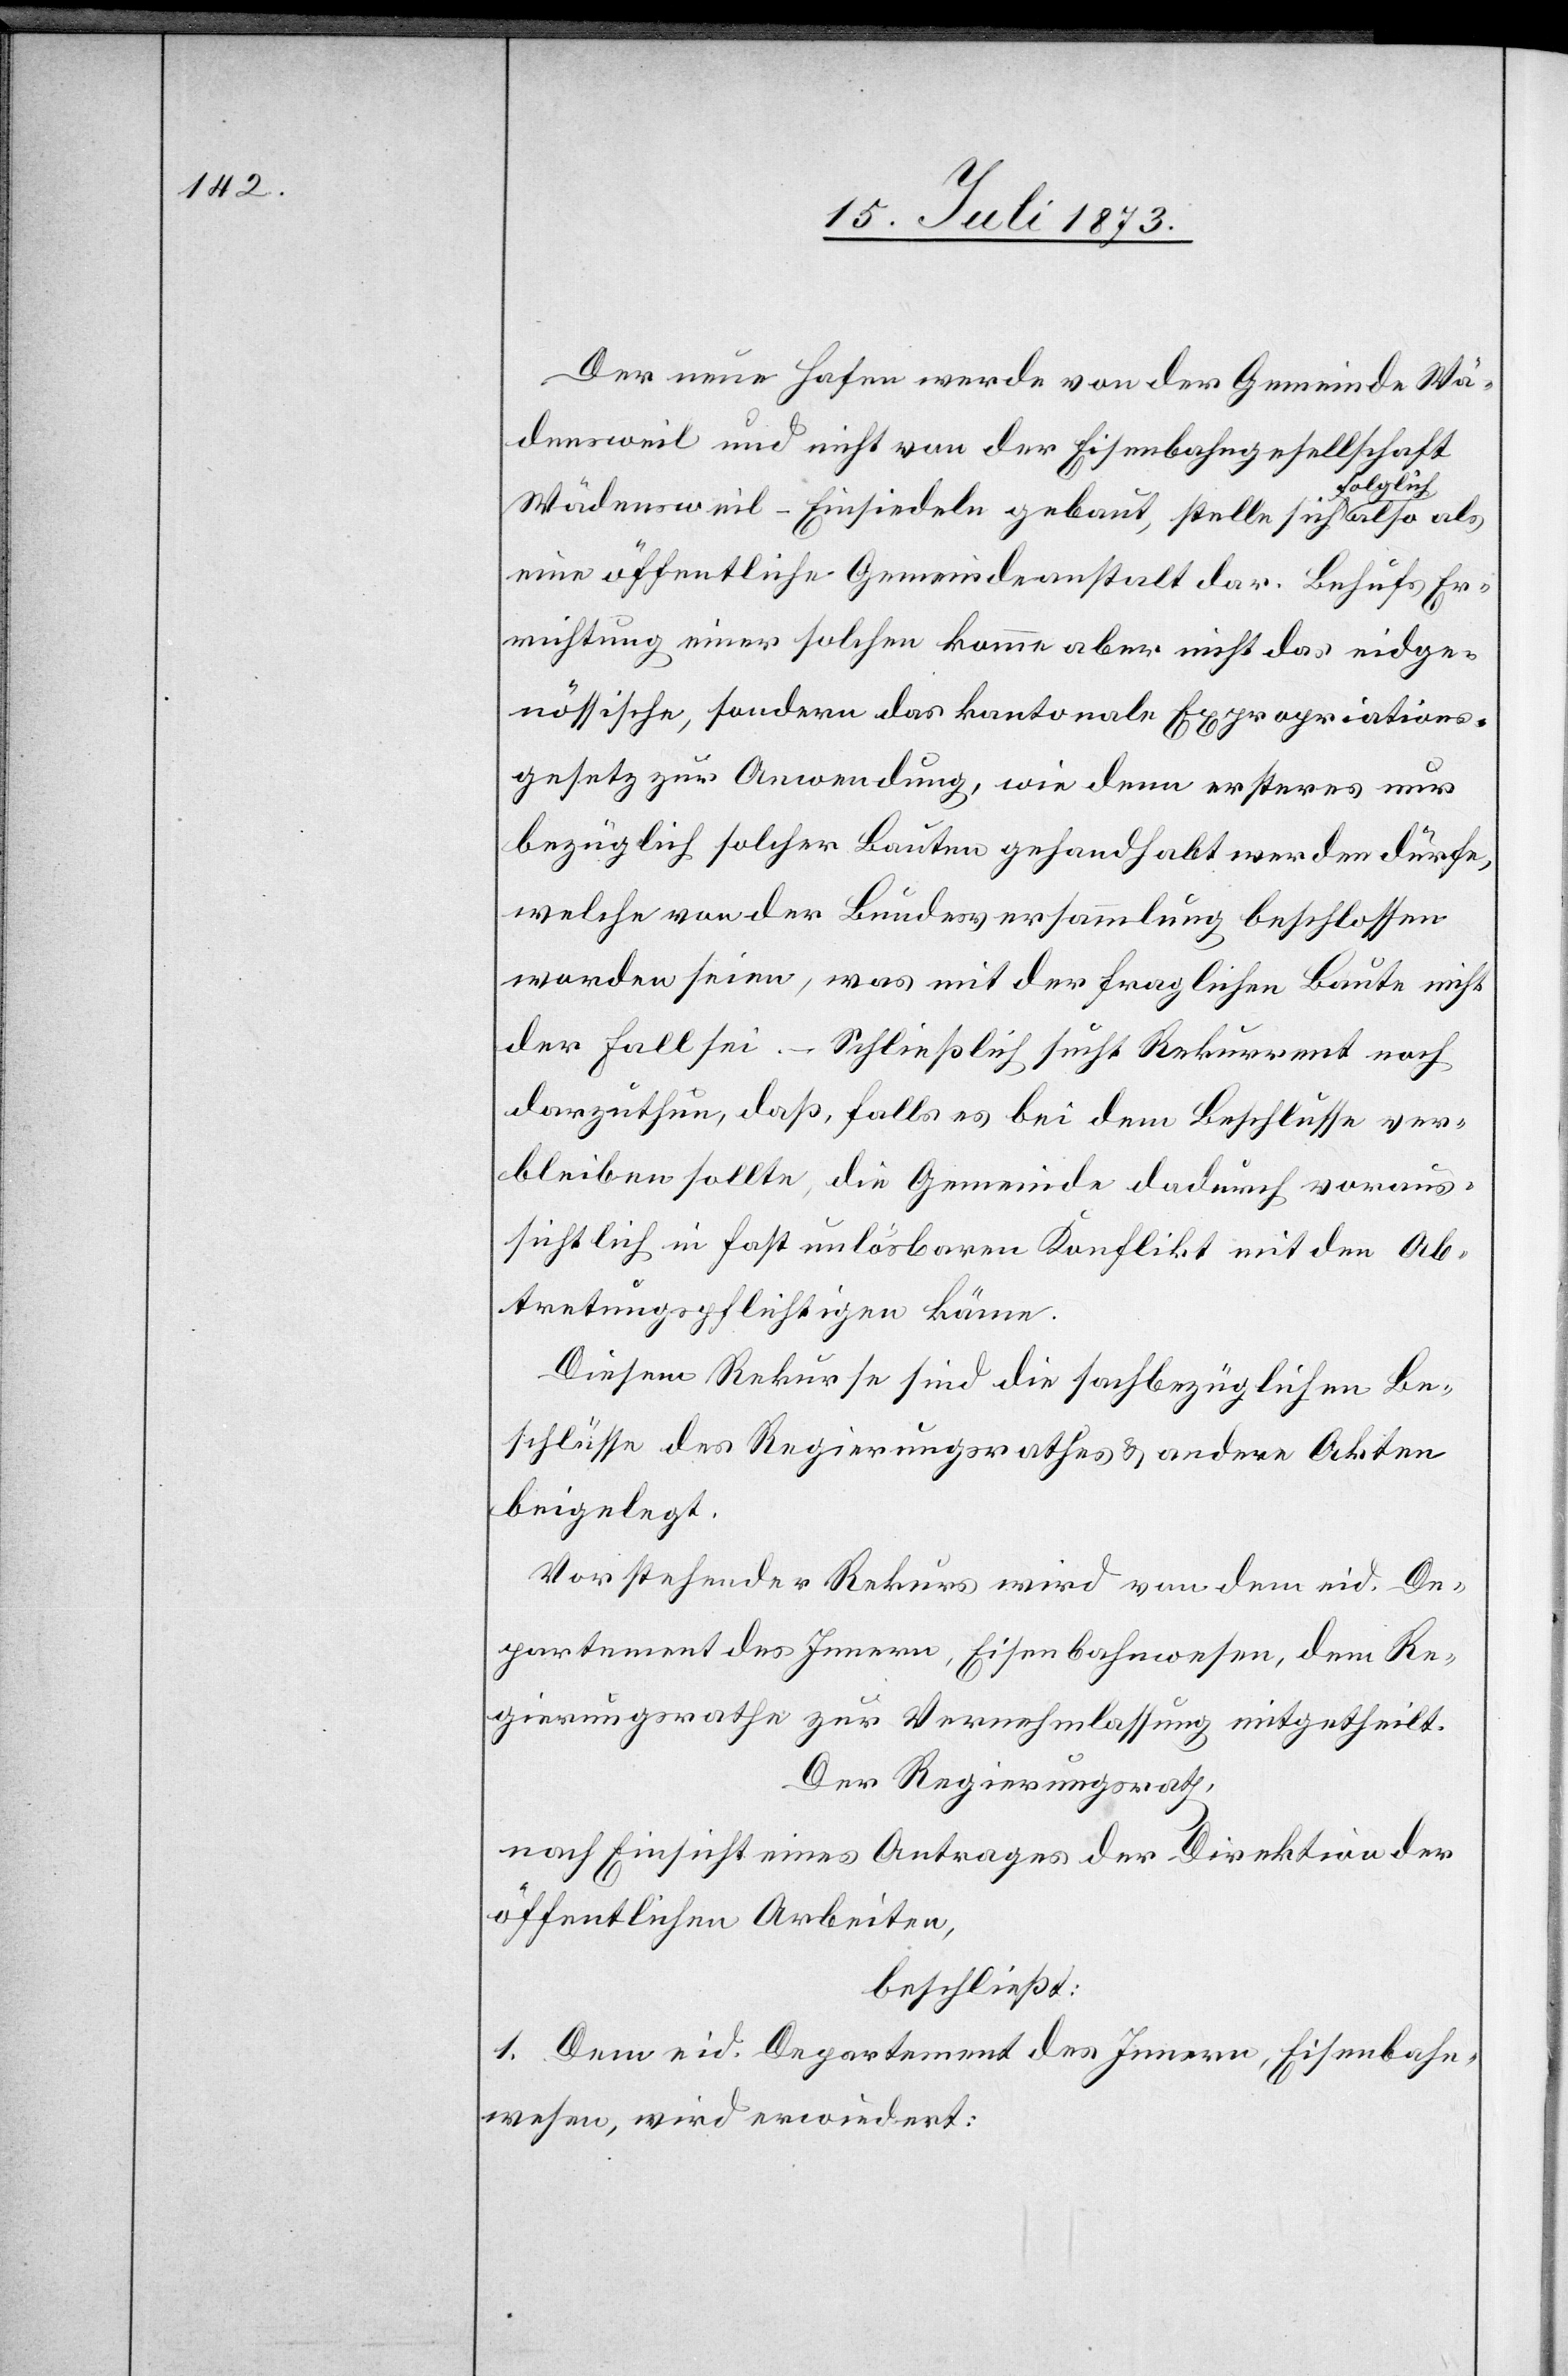
Der neue Hafen werde von der Gemeinde Wä¬
densweil und nicht von der Eisenbahngesellschaft
Wädensweil–Einsiedeln gebaut, stelle sich folglich also
eine öffentliche Gemeindeanstalt dar. Behufs Er¬
richtung einer solchen komme aber nicht das eidge¬
nössische, sondern das kantonale Expropriations¬
gesetz zur Anwendung, wie denn ersteres nur
bezüglich solcher Bauten gehandhabt werden dürfe,
welche von der Bundesversammlung beschlossen
worden seien, was mit der fraglichen Baute nicht
der Fall sei. – Schließlich sucht Rekurrent noch
darzuthun, daß, falls es bei dem Beschlusse ver¬
bleiben sollte, die Gemeinde dadurch voraus¬
sichtlich in fast unlösbaren Konflikt mit den Ab¬
tretungspflichtigen käme.
Diesem Rekurse sind die sachbezüglichen Be¬
schlüsse des Regierungsrathes & andere Akten
beigelegt.
Vorstehender Rekurs wird von dem eid. De¬
partement des Innern, Eisenbahnwesen, dem Re¬
gierungsrathe zur Vernehmlassung mitgetheilt.
Der Regierungsrath,
nach Einsicht eines Antrages der Direktion der
öffentlichen Arbeiten,
beschließt:
1. Dem eid. Departement des Innern, Eisenbahn¬
wesen, wird erwiedert: